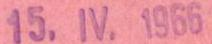
15.IV.1966